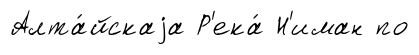
Алта́йскаjа Р'ека́ Н'иман по